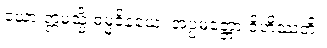
ယော ဣမသ္မိံ ဓမ္မဝိနယေ၊ အပ္ပမတ္တော ဝိဟိဿတိ။